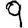
Digit: 9